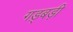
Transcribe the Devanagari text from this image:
गड़्बड़ी